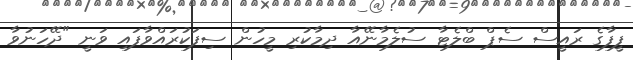
ފީފާގެ ރައީސް ސެޕް ބްލެޓާ ސުލެމާނޭއާ ދިމާކުރި މީހުން ސިފަކުރައްވާފައި ވަނީ "ދޭހަނުވާ